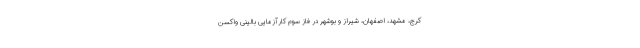
کرج، مشهد، اصفهان، شیراز و بوشهر در فاز سوم کارآزمایی بالینی واکسن